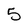
Character: 5